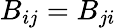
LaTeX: B_{ij}=B_{ji}